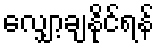
လျှော့ချနိုင်ရန်